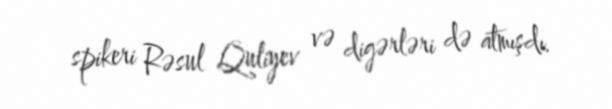
spikeri Rəsul Quliyev və digərləri də atmışdı.